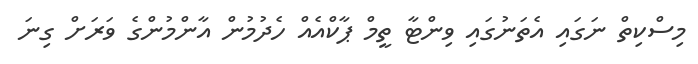
މިސްކިތް ނަގައި އެތަނުގައި ވިންޓާ ތީމް ޕާކްއެއް ހެދުމުން އާންމުންގެ ވަރަށް ގިނަ